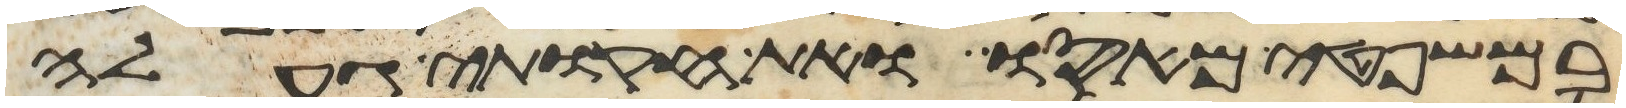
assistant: במשפטי מאסו ואת חקותי געלה